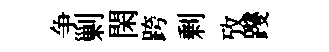
争剿閑跨剰攷躞